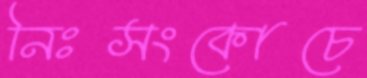
নিঃসংকোচে